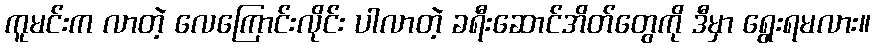
ကူမင်းက လာတဲ့ လေကြောင်းလိုင်း ပါလာတဲ့ ခရီးဆောင်အိတ်တွေကို ဒီမှာ ရွေးရမလား။